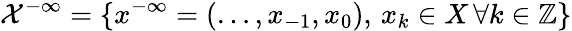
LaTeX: \mathcal{X}^{-\infty}=\{ x^{-\infty}=(\ldots,x_{-1},x_{0}),\, x_{k}\in X\, \forall k\in\mathbb{Z}\}